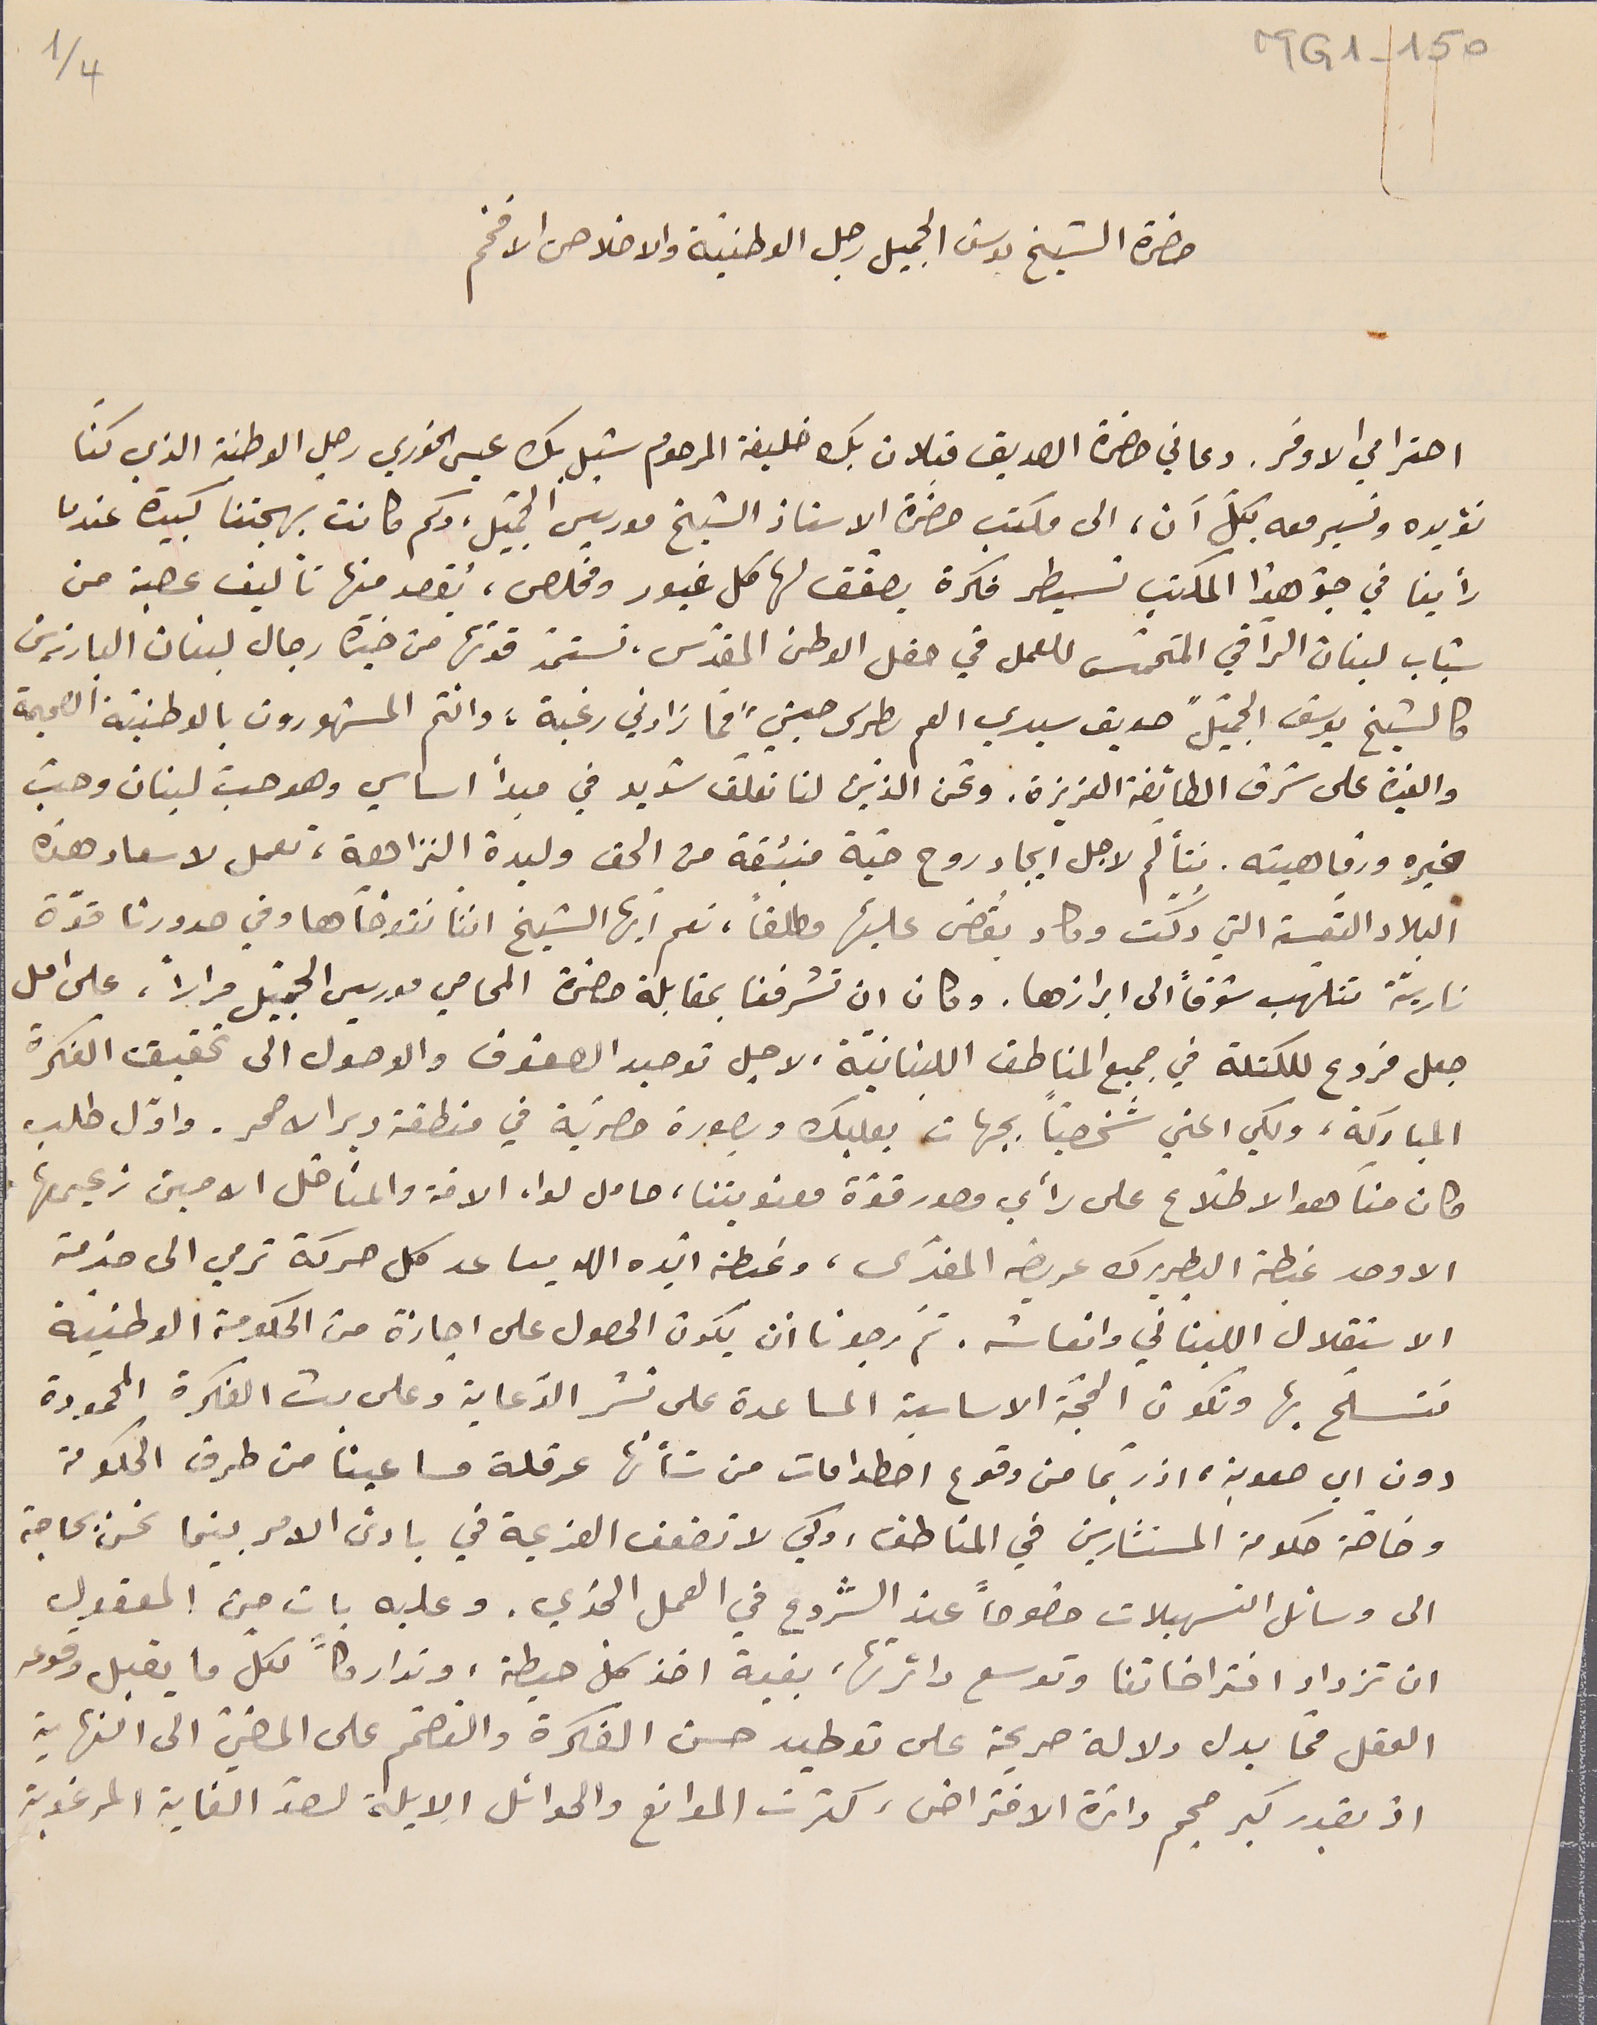
MG1-150
حضرة الشيخ يوسف الجميل رجل الوطنيّة والاخلاص الافخم
احترامي الاوفر. دعاني حضرة الصديق قبلان بك خليفة المرحوم شبل بك عيسى الخوري رجل الوطنية الذي كنّا
نؤيده ونسير معه بكلّ آن، الى مكتب حضرة الاستاذ الشيخ موريس الجميل، وكم كانت بهجتنا كبيرة عندما
رأينا في جوّ هذا المكتب تسيطر فكرة يصفّق لها كل غيور ومخلص، يُقصد منها تاليف عصبة من
شباب لبنان الرّاقي المتحمّس للعمل في حفل الوطن المقدّس، تستمدّ قوتها من خيرة رجال لبنان البارزين
كالشيخ يوسف الجميل "صديق سيدي العم بطرس حبشي" فما زادني رغبة، وانتم المشهورون بالوطنيّة الصحيحة
والغيرة على شرف الطائفة العزيزة. ونحن الذين لنا تعلّق شديد في مبداً اساسي وهو حبّ لبنان وحبّ
خيره ورفاهيته. نتألّم لاجل ايجاد روح حيّة منبثقة من الحق وليدة النزاهة، تعمل لاسعاد هذه
البلاد التَعيسة التي دُكّت وكاد يُقضى عليها مطلقاً، نعم أيها الشيخ اننّا نتوخّاها وفي صدورنا قوّة
ناريّة تتلهب شوقاً الى ابرازها. وكان ان تشرفنا بمقابلة حضرة المحامي موريس الجميّل مراراً، على امل
جعل فروع للكتلة في جميع المناطق اللبنانيّة، لاجل توحيد الصفوف والوصول الى تحقيق الفكرة
المباركة، ولكي اعني شخصيّاً بجهات بعلبك وبصورة حصريّة في منطقة دير الاحمر. واوّل طلب
كان منّا هو الاطّلاع على رأي مصدر قوّة معنويتنا، حامل لواء الامّة والمناضل الامين زعيمها
الاوحد غبطة البطريرك عريضة المفدّى، وغبطته أيده الله يسا عد كل حركة ترمي الى خدمة
الاستقلال اللبناني وانعاشه. ثمّ رجونا أن يكون الحصول على اجازة من الحكومة الوطنية
نتسلّح بها وتكون الحجّة الاساسية المساعدة على نشر الدّعاية وعلى بث الفكرة المحمودة
دون اي صعوبة، اذ ربّما من وقوع اصطدامات من شأنها عرقلة مساعينا من طرق الحكومة
وخاصة حكومة المستشارين في المناطق، وكي لا تضعف العزيمة في بادىء الامر بينما نحن بحاجة
الى وسائل التسهيلات خصوصاً عند الشروع في العمل الجدّي. وعليه بات من المعقول
ان تزداد افتراضاتنا وتوسع دائرتها، بغية اخذ كل حيطة وتداركاً، لكل ما يقبل وقوعه
العقل فما يدل دلالة صريحة على توطيد حسن الفكرة والتصّمم على المضيّ الى النهاية
اذ بقدر كبر حجم دائرة الافتراض، كثرت الموانع والحوائل الايلة لعند الغاية المرغوبة
4/1